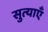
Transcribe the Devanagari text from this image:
सुत्याएँ